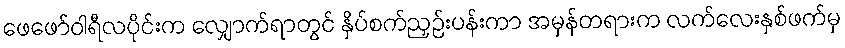
ဖေဖော်ဝါရီလပိုင်းက လျှောက်ရာတွင် နှိပ်စက်ညှဉ်းပန်းကာ အမှန်တရားက လက်လေးနှစ်ဖက်မှ